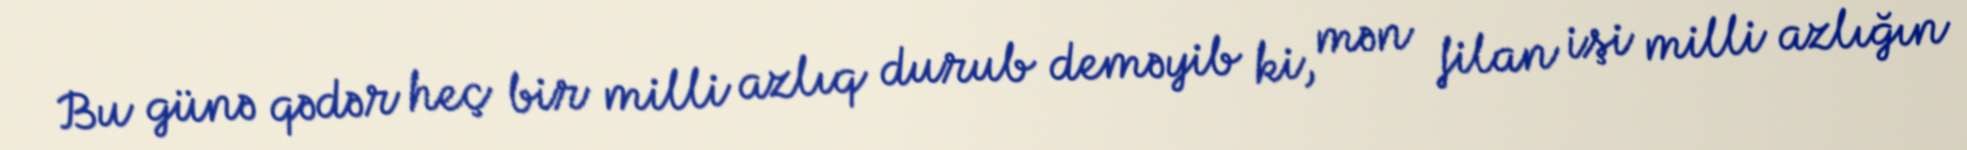
Bu günə qədər heç bir milli azlıq durub deməyib ki, mən filan işi milli azlığın